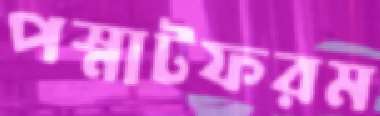
পস্নাটফরম